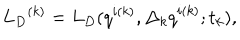
LaTeX: { { L } _ { D } } ^ { ( k ) } = { L } _ { D } ( q ^ { i ( k ) } , { \Delta _ { k } q } ^ { i ( k ) } ; t _ { k } ) ,